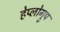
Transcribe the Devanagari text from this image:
हेप्लोग्रुप